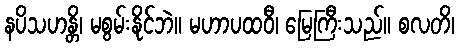
နပိသဟန္တိ၊ မစွမ်းနိုင်ဘဲ။ မဟာပထဝီ၊ မြေကြီးသည်။ စလတိ၊